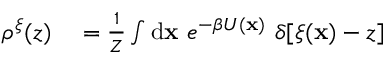
\begin{array} { r l } { \rho ^ { \xi } ( z ) } & { { } = \frac { 1 } { Z } \int \mathrm { d } \ensuremath { \mathbf { x } } \ e ^ { - \beta U ( \ensuremath { \mathbf { x } } ) } \ \delta [ \xi ( \ensuremath { \mathbf { x } } ) - z ] } \end{array}